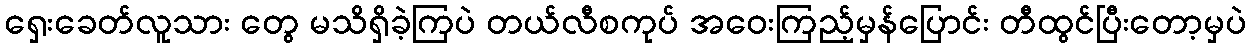
ရှေးခေတ်လူသား တွေ မသိရှိခဲ့ကြပဲ တယ်လီစကုပ် အဝေးကြည့်မှန်ပြောင်း တီထွင်ပြီးတော့မှပဲ